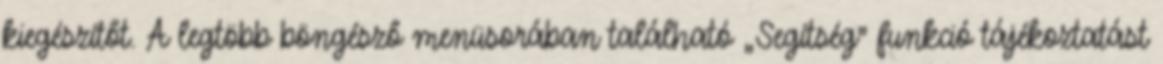
kiegészítőt. A legtöbb böngésző menüsorában található „Segítség” funkció tájékoztatást